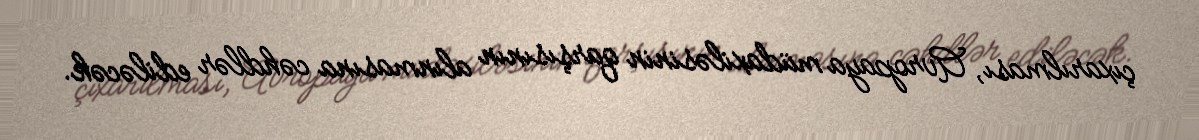
çıxarılması, Avropaya müdaxiləsinin qarşısının alınmasına cəhdlər ediləcək.